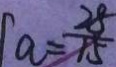
a = \frac { 2 8 } { 1 5 }